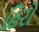
હિરો